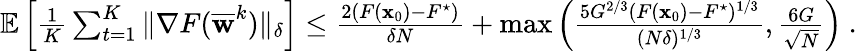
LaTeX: \begin{array}{r}{\mathop{\mathbb{E}}\left[\frac{1}{K}\sum_{t=1}^{K}\| \nabla F(\overline{{{\mathbf w}}}^{k})\| _{\delta}\right]\leq\frac{2(F({\mathbf x}_{0})-F^{\star})}{\delta N}+\operatorname*{max}\left(\frac{5G^{2/3}(F({\mathbf x}_{0})-F^{\star})^{1/3}}{(N\delta)^{1/3}},\frac{6G}{\sqrt{N}}\right)~.}\end{array}